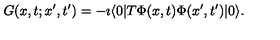
G ( x , t ; x ^ { \prime } , t ^ { \prime } ) = - \imath \langle 0 | T \Phi ( x , t ) \Phi ( x ^ { \prime } , t ^ { \prime } ) | 0 \rangle .